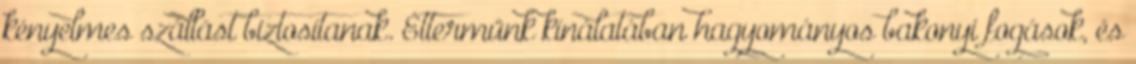
kényelmes szállást biztosítanak. Éttermünk kínálatában hagyományos bakonyi fogások, és